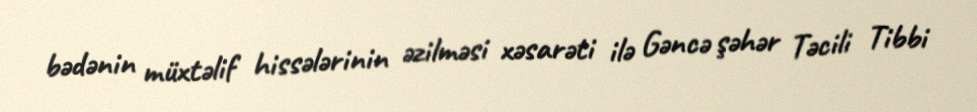
bədənin müxtəlif hissələrinin əzilməsi xəsarəti ilə Gəncə şəhər Təcili Tibbi